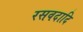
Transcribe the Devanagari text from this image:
रसवदादि